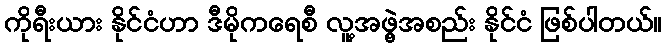
ကိုရီးယား နိုင်ငံဟာ ဒီမိုကရေစီ လူ့အဖွဲ့အစည်း နိုင်ငံ ဖြစ်ပါတယ်။